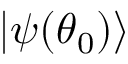
\ensuremath { \lvert { \psi ( { \boldsymbol { \theta } } _ { 0 } ) } \rangle }